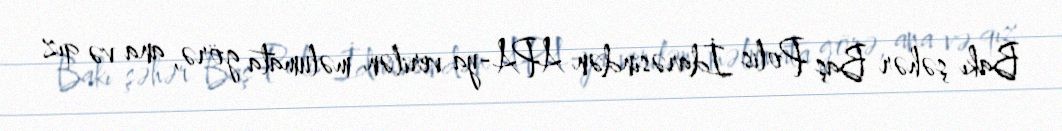
Bakı şəhər Baş Polis İdarəsindən APA-ya verilən məlumata görə, ana və qız